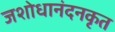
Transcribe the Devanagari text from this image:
जशोधानंदनकृत